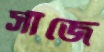
সাঁজে